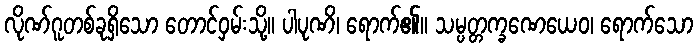
လိုဏ်ဂူတစ်ခုရှိသော တောင်ဝှမ်းသို့။ ပါပုဏိ၊ ရောက်၏။ သမ္ပတ္တက္ခဏေယေဝ၊ ရောက်သော